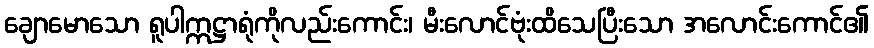
ချောမောသော ရူပါဣဋ္ဌာရုံကိုလည်းကောင်း၊ မီးလောင်ဗုံးထိသေပြီးသော အလောင်းကောင်၏